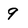
Character: 9